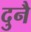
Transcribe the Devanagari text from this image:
दुनै